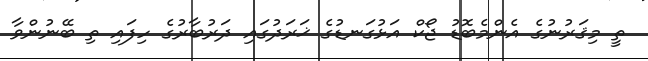
ތީ މިޤަރުނުގެ އެންމެބޮޑު ޖޯކް އަޅުގަނޑުގެ ޚަރަދުގައި ދަރުބާރުގެ ހިފައި ތި ބޭނުންވާ